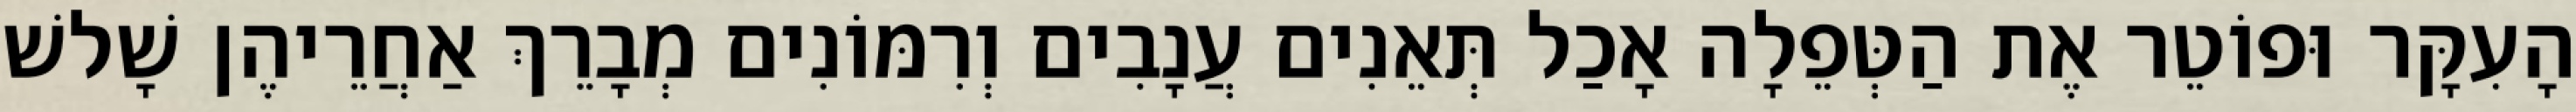
הָעִקָּר וּפוֹטֵר אֶת הַטְּפֵלָה אָכַל תְּאֵנִים עֲנָבִים וְרִמּוֹנִים מְבָרֵךְ אַחֲרֵיהֶן שָׁלשׁ